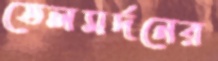
তেলমর্দনের